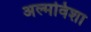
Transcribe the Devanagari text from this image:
अल्मविशा